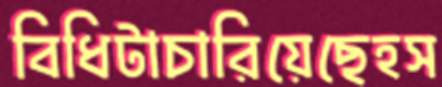
বিধিটাচারিয়েছেহস